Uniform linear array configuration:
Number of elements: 48
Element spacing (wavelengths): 0.75
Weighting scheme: binomial
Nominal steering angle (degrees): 60
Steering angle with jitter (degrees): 61.207
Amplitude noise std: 0.05
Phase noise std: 0.05

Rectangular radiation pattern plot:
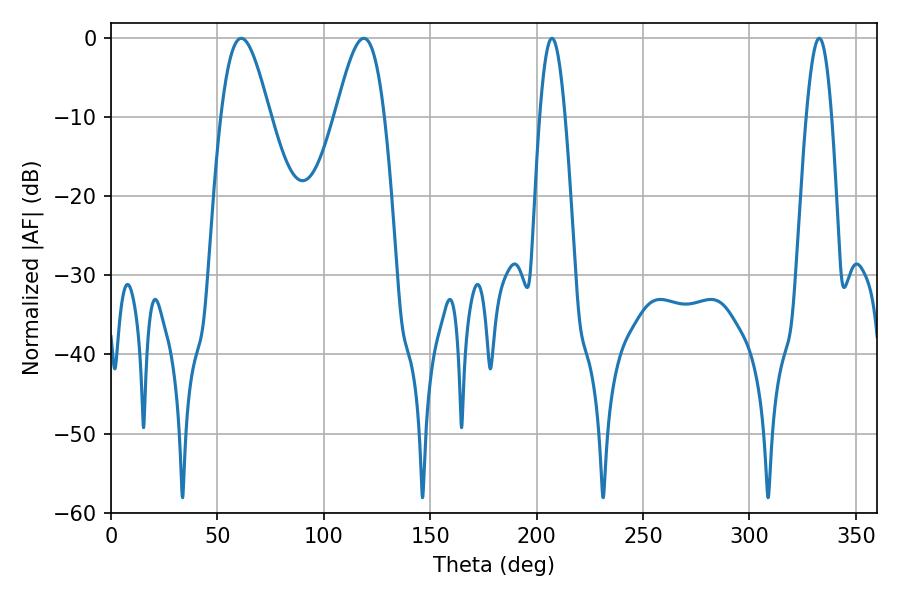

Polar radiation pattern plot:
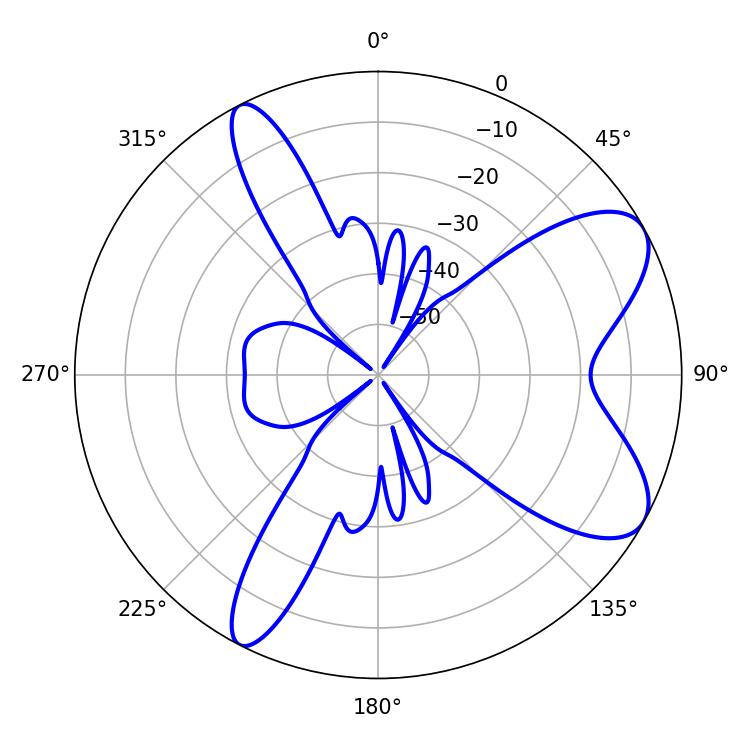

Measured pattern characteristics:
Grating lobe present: TRUE
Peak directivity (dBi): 8.06
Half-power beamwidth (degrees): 12.24
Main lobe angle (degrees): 61.2